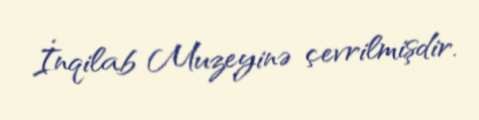
İnqilab Muzeyinə çevrilmişdir.